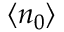
\langle n _ { 0 } \rangle